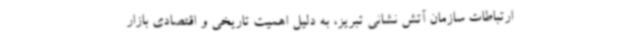
ارتباطات سازمان آتش نشانی تبریز، به دلیل اهمیت تاریخی و اقتصادی بازار